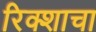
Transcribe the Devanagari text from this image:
रिक्शाचा